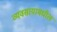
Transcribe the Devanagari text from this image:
व्यवसायामधील